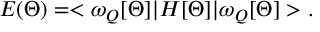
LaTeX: E ( \Theta ) = < \omega _ { Q } [ \Theta ] | H [ \Theta ] | \omega _ { Q } [ \Theta ] > .